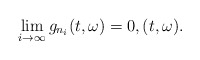
\begin{align*}\lim_{i\rightarrow \infty} g_{n_i}(t,\omega) = 0 , (t,\omega).\end{align*}